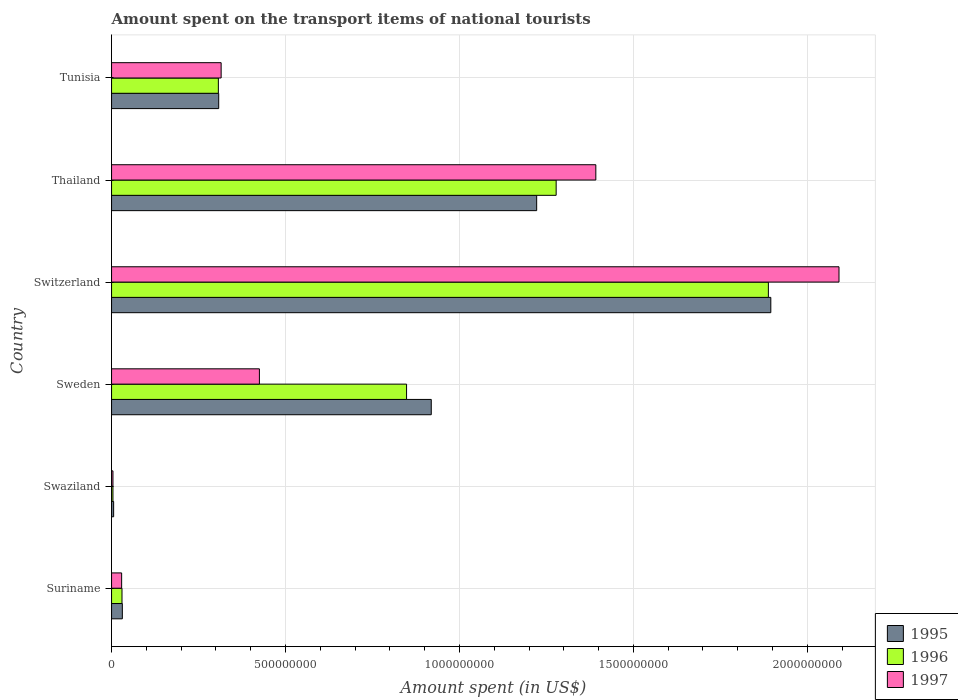
| Country | 1995 | 1996 | 1997 |
 | --- | --- | --- | --- |
 | Suriname | 3.1e+07 | 3e+07 | 2.9e+07 |
 | Swaziland | 6e+06 | 4e+06 | 4e+06 |
 | Sweden | 9.19e+08 | 8.48e+08 | 4.25e+08 |
 | Switzerland | 1.9e+09 | 1.89e+09 | 2.09e+09 |
 | Thailand | 1.22e+09 | 1.28e+09 | 1.39e+09 |
 | Tunisia | 3.08e+08 | 3.07e+08 | 3.15e+08 |